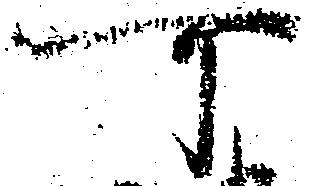
可